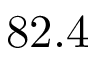
8 2 . 4